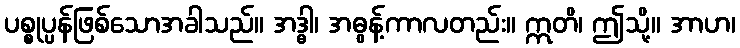
ပစ္စုပ္ပန်ဖြစ်သောအခါသည်။ အဒ္ဓါ၊ အဓွန့်ကာလတည်း။ ဣတိ၊ ဤသို့။ အာဟ၊